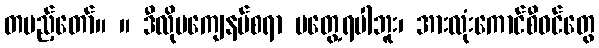
တပည့်တော်။ ။ ဒီလိုမကျေနပ်စရာ မတွေ့ရပါဘူး၊ အားလုံးကောင်စီဝင်တွေ